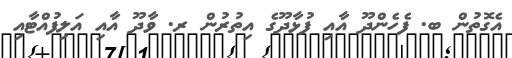
އެގޮތުން ބ. ފެހެންދޫ އާއި ފުޅާދޫގެ އިތުރުން ރ. ވާދޫ އާއި އަލިފުއްޓާއި